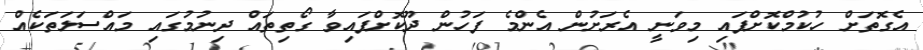
އެގޮތަށް ހުކުމްކޮށްފައި މިވަނީ އެރަށުން އެންމެ ފަހުން ދޫކޮށްފައިވާ ގޯތިތައް ދިނުމުގައި މައްސަލަތަކެއް